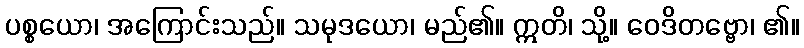
ပစ္စယော၊ အကြောင်းသည်။ သမုဒယော၊ မည်၏။ ဣတိ၊ သို့။ ဝေဒိတဗ္ဗော၊ ၏။